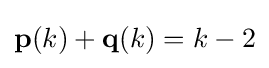
\mathbf {p} (k)+\mathbf {q} (k)=k-2